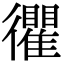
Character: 忂